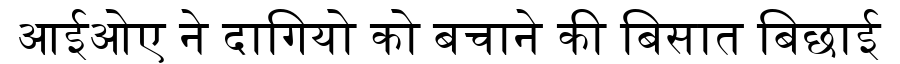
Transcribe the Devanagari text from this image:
आईओए ने दागियो को बचाने की बिसात बिछाई